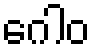
ဂေါဝ